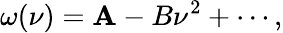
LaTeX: \omega(\nu)=\mathbf{A}-B\nu^{2}+\cdots,